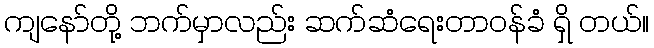
ကျနော်တို့ ဘက်မှာလည်း ဆက်ဆံရေးတာဝန်ခံ ရှိ တယ်။